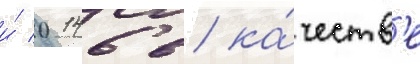
и́ 0146 в ка́честв'е